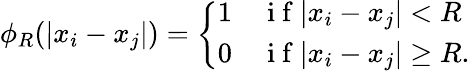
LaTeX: \phi_{R}(|x_{i}-x_{j}|)=\left\{ \begin{array}{ll}{1}&{\mathrm{~i~f~}|x_{i}-x_{j}|<R}\\ {0}&{\mathrm{~i~f~}|x_{i}-x_{j}|\geq R.}\end{array}\right.